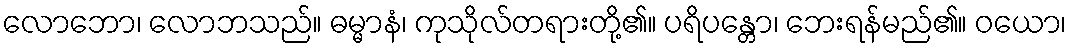
လောဘော၊ လောဘသည်။ ဓမ္မာနံ၊ ကုသိုလ်တရားတို့၏။ ပရိပန္တော၊ ဘေးရန်မည်၏။ ဝယော၊